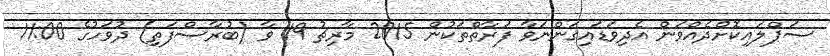
ސަޕްލައިކޮށްދެއްވަން އެދިވަޑައިގަންނަވާ ފަރާތްތަކުން 2015 މާރިޗު 19 ވާ (ބުރާސްފަތި) ދުވަހުގެ 11:00